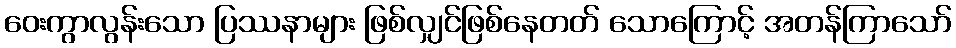
ဝေးကွာလွန်းသော ပြဿနာများ ဖြစ်လျှင်ဖြစ်နေတတ် သောကြောင့် အတန်ကြာသော်